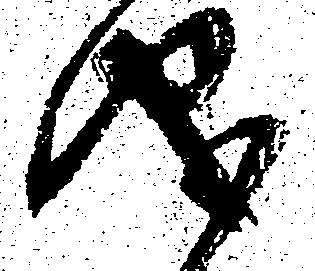
儀